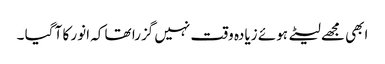
ابھی مجھے لیٹے ہوئے زیادہ وقت نہیں گزرا تھا کہ انور کا آ گیا ۔